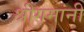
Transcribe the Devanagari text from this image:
श्रीगमांनी